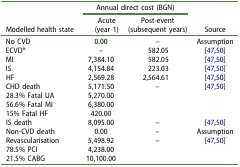
|  | <COLSPAN=2> Annual direct cost (BGN) |  |
 | Modelled health state | Acute(year 1) | Post-event(subsequent years) | Source |
 | --- | --- | --- | --- |
 | No CVD | 0.00 | – | Assumption |
 | ECVD* | – | 582.05 | [47,50] |
 | MI | 7,384.10 | 582.05 | [47,50] |
 | IS | 4,154.84 | 223.03 | [47,50] |
 | HF | 2,569.28 | 2,564.61 | [47,50] |
 | CHD death | 5,171.50 | – | <ROWSPAN=4> [47,50] |
 | 28.3% Fatal UA | 5,270.00 |  |
 | 56.6% Fatal MI | 6,380.00 |  |
 | 15% Fatal HF | 420.00 |  |
 | IS death | 8,095.00 | – | [47,50] |
 | Non-CVD death | 0.00 | – | Assumption |
 | Revascularisation | 5,498.92 | – | <ROWSPAN=3> [47,50] |
 | 78.5% PCI | 4,238.00 |  |
 | 21.5% CABG | 10,100.00 |  |